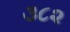
૩૮૨